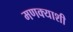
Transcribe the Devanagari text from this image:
मणक्याशी